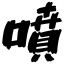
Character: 噴